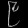
Digit: ၉